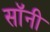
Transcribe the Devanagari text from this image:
सॉनी